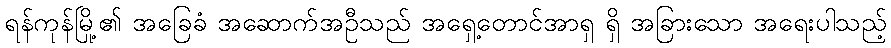
ရန်ကုန်မြို့၏ အခြေခံ အဆောက်အဦသည် အရှေ့တောင်အာရှ ရှိ အခြားသော အရေးပါသည့်